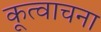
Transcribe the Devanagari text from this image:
कूत्वाचना